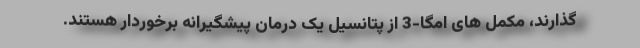
گذارند، مکمل های امگا-3 از پتانسیل یک درمان پیشگیرانه برخوردار هستند.